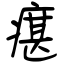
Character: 瘎